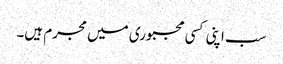
سب اپنی کسی مجبوری میں مجرم ہیں۔